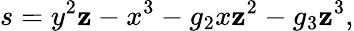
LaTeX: s=y^{2}\mathbf{z}-x^{3}-g_{2}x\mathbf{z}^{2}-g_{3}\mathbf{z}^{3},